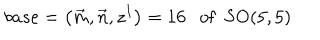
b a s e = \left( \vec { m } , \vec { n } , z ^ { I } \right) = 1 6 \mathrm { \ \ { \ o f } \ \ S O ( 5 , 5 ) }